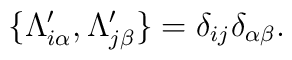
\{\Lambda^\prime_{i\alpha}, \Lambda^\prime_{j\beta} \} = \delta_{ij} \delta_{\alpha\beta}.